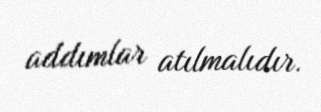
addımlar atılmalıdır.